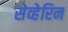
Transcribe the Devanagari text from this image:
सेव्हेरिन